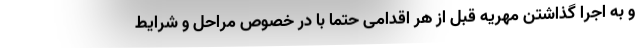
و به اجرا گذاشتن مهریه قبل از هر اقدامی حتما با در خصوص مراحل و شرایط